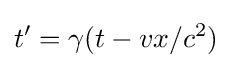
t'=\gamma (t-vx/c^{2})